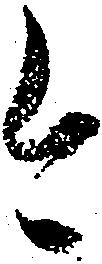
今